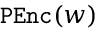
\mathtt { P E n c } ( w )